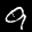
Label: 9